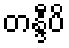
တန္ဒီပိ